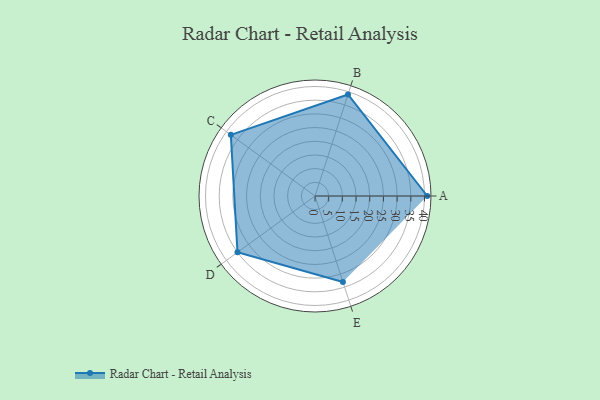
{"axis": {"x": "Skill", "y": "Score"}, "legend": ["Profile"], "data": [{"x": "A", "y": 41.0, "type": "Profile"}, {"x": "B", "y": 39.0, "type": "Profile"}, {"x": "C", "y": 38.0, "type": "Profile"}, {"x": "D", "y": 35.0, "type": "Profile"}, {"x": "E", "y": 33.0, "type": "Profile"}]}